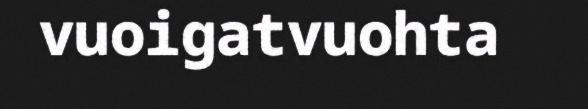
vuoigatvuohta